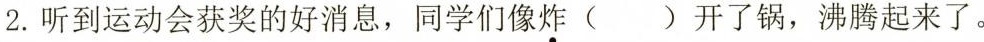
2.听到运动会获奖的好消息，同学们像炸()开了锅，沸腾起来了。